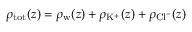
\rho _ { \mathrm { t o t } } ( z ) = \rho _ { \mathrm { w } } ( z ) + \rho _ { \mathrm { K } ^ { + } } ( z ) + \rho _ { \mathrm { C l } ^ { - } } ( z )